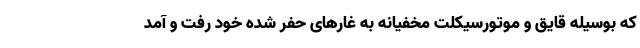
که بوسیله قایق و موتورسیکلت مخفیانه به غارهای حفر شده خود رفت و آمد